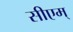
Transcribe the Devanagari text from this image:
सीएम्